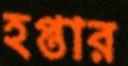
হপ্তার